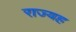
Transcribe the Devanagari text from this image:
राज्यह